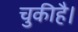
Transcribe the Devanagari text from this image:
चुकीहै।